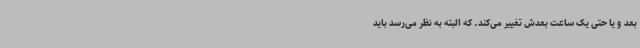
بعد و یا حتی یک ساعت بعدش تغییر می‌کند. که البته به نظر می‌رسد باید